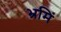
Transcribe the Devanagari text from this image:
भ्रमिं